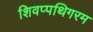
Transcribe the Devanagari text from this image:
शिवप्पथिगरम